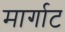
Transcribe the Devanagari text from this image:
मार्गाट